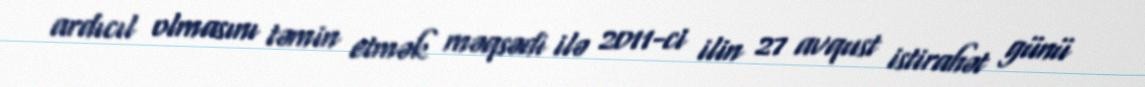
ardıcıl olmasını təmin etmək məqsədi ilə 2011-ci ilin 27 avqust istirahət günü